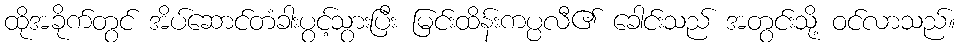
ထိုအခိုက်တွင် အိပ်ဆောင်တံခါးပွင့်သွားပြီး မြင်းထိန်းကပ္ပလီ၏ ခေါင်းသည် အတွင်းသို့ ဝင်လာသည်။